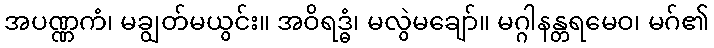
အပဏ္ဏကံ၊ မချွတ်မယွင်း။ အဝိရဒ္ဓံ၊ မလွဲမချော်။ မဂ္ဂါနန္တရမေဝ၊ မဂ်၏